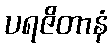
ပရဇိတာနံ